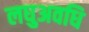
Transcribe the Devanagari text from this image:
लघुअवधि